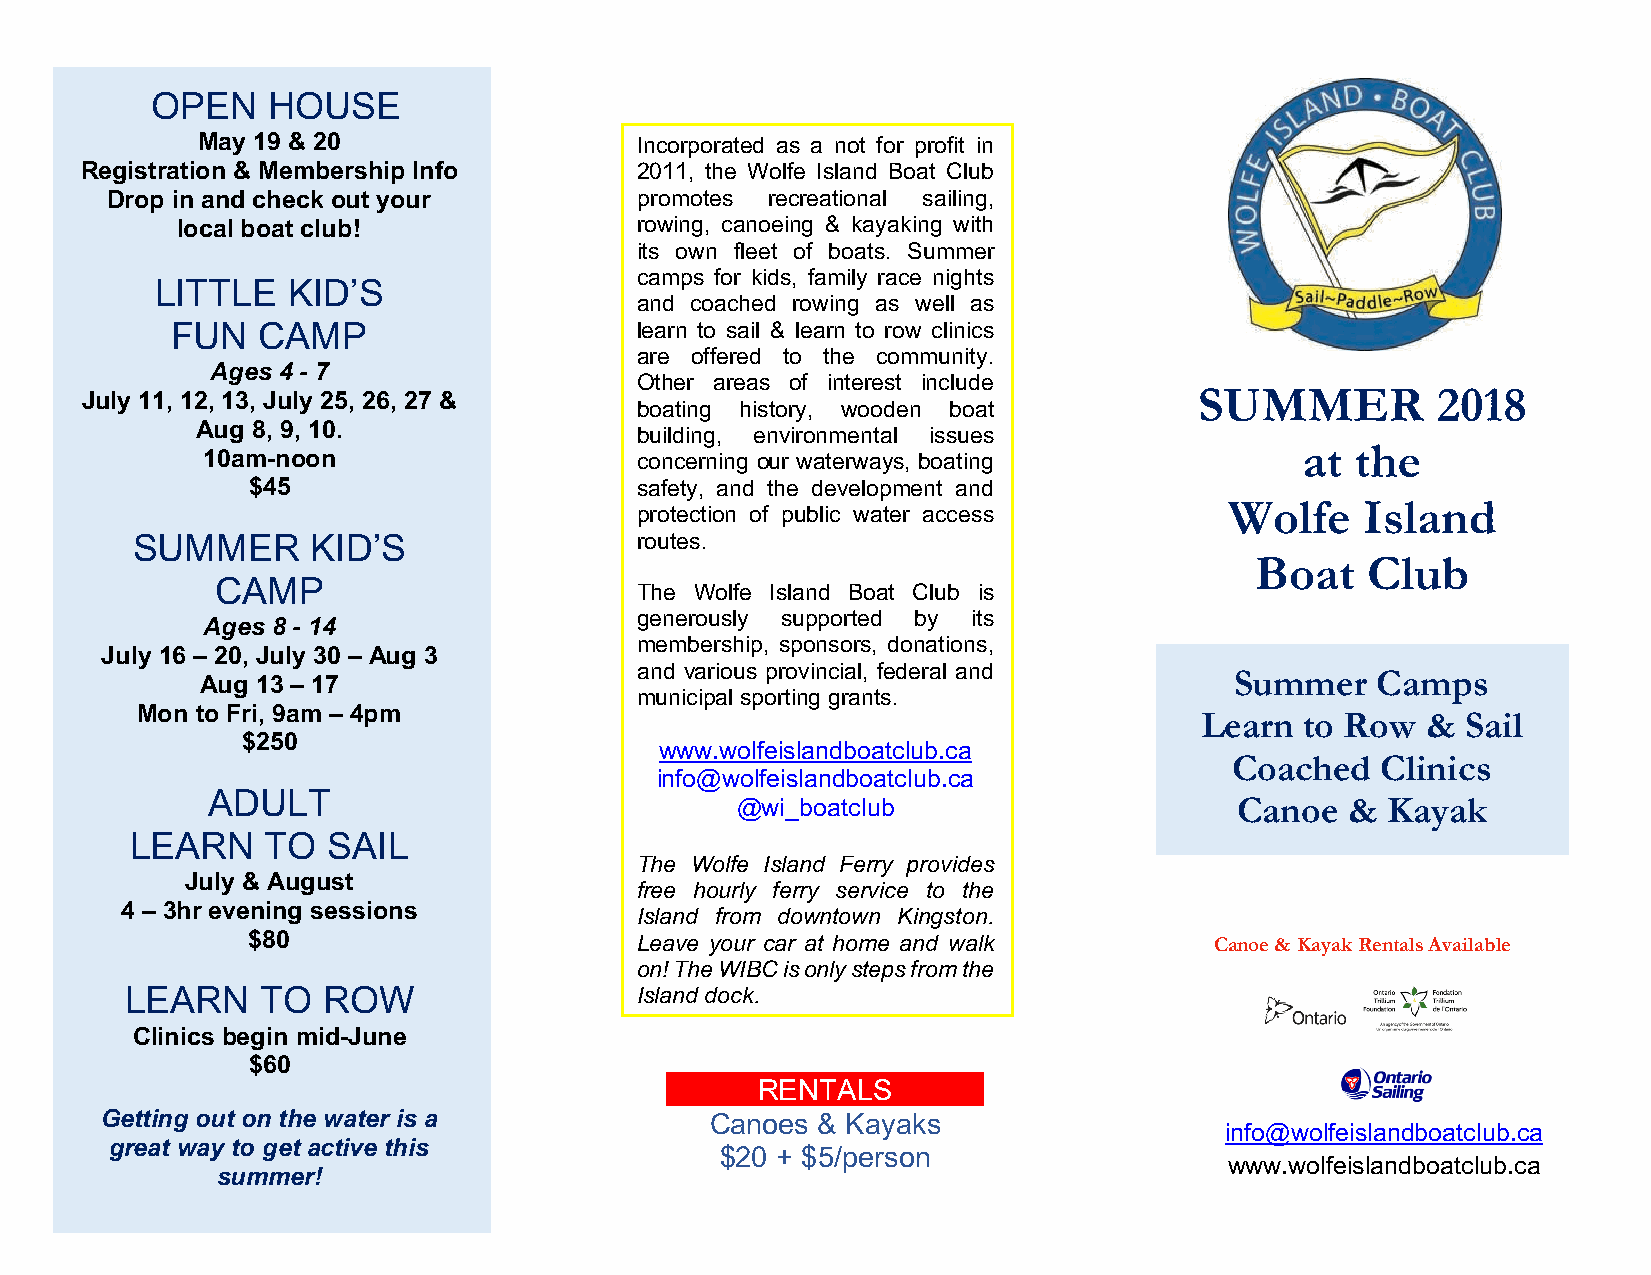
OPEN    HOUSE
 May 19 & 20                  Incorporated as a not for profit in
 Registration & Membership Info       2011, the Wolfe Island Boat Club
 Drop in and check out your         promotes recreational sailing,
 local boat club!              rowing, canoeing & kayaking with
 its own fleet of boats. Summer
 camps for kids, family race nights
 LITTLE   KID’S
 and coached rowing as well as
 FUN   CAMP                     learn to sail & learn to row clinics
 are offered to the community.
 Ages 4 - 7
 Other areas of interest include
 July 11, 12, 13, July 25, 26, 27 &                                        SUMMER          2018
 boating history, wooden boat
 Aug 8, 9, 10.
 building, environmental issues
 at  the
 10am-noon                    concerning our waterways, boating
 $45                       safety, and the development and
 Wolfe    Island
 protection of public water access
 SUMMER      KID’S                routes.
 Boat   Club
 CAMP
 The Wolfe Island Boat Club is
 generously supported by its
 Ages 8 - 14
 membership, sponsors, donations,
 July 16 – 20, July 30 – Aug 3
 and various provincial, federal and
 Aug 13 – 17                                                          Summer   Camps
 municipal sporting grants.
 Mon to Fri, 9am – 4pm
 Learn  to Row  &  Sail
 $250
 www.wolfeislandboatclub.ca
 Coached  Clinics
 info@wolfeislandboatclub.ca
 ADULT
 @wi_boatclub                     Canoe  &  Kayak
 LEARN    TO  SAIL
 The Wolfe Island Ferry provides
 July & August
 free hourly ferry service to the
 4 – 3hr eve ning sessions
 Island from downtown Kingston.
 $80                       Leave your car at home and walk       Canoe & Kayak Rentals Available
 on! The WIBC is only steps from the
 LEARN    TO  ROW                  Island dock.
 Clinics begin mid-June
 $60
 RENTALS
 Getting out on the water is a           Canoes & Kayaks
 info@wolfeislandboatclub.ca
 great way to get active this
 $20 + $5/person
 www.wolfeislandboatclub.ca
 summer!